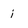
Character: i